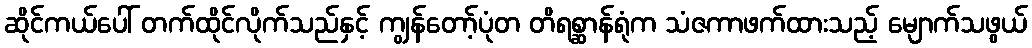
ဆိုင်ကယ်ပေါ် တက်ထိုင်လိုက်သည်နှင့် ကျွန်တော့်ပုံတ တိရစ္ဆာန်ရုံက သံဇကာဖက်ထားသည့် မျောက်သဖွယ်